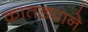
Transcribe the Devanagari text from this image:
कातड्याने